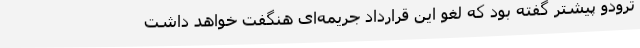
ترودو پیشتر گفته بود که لغو این قرارداد جریمه‌ای هنگفت خواهد داشت